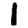
Digit: 1